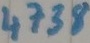
Text: 4738